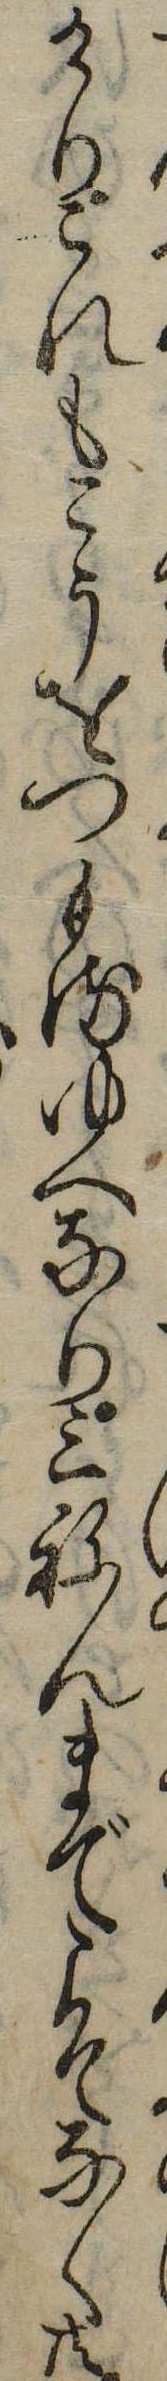
けりこれもこうをつもるゆへなり三ねんまでこそなく共